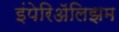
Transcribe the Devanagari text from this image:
इंपेरिॲलिझम